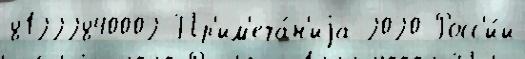
81222840002 Пр'им'еча́н'иjа 2020 Росс'и́и